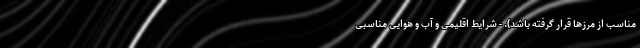
مناسب از مرزها قرار گرفته باشد). - شرایط اقلیمی و آب و هوایی مناسبی